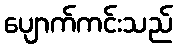
ပျောက်ကင်းသည်